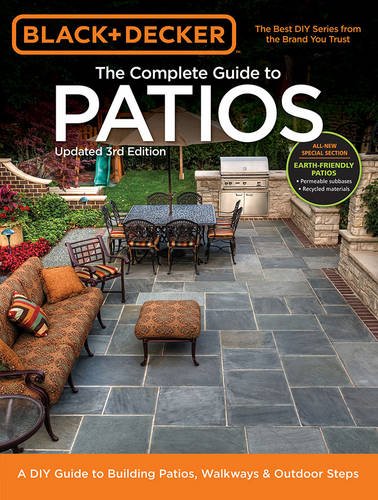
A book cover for Black & Decker Complete Guide to Patios - 3rd Edition: A DIY Guide to Building Patios, Walkways & Outdoor Steps; Editors of Cool Springs Press; Crafts, Hobbies & Home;